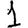
Digit: 1